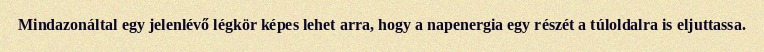
Mindazonáltal egy jelenlévő légkör képes lehet arra, hogy a napenergia egy részét a túloldalra is eljuttassa.